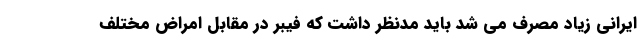
ایرانی زیاد مصرف می شد باید مدنظر داشت که فیبر در مقابل امراض مختلف